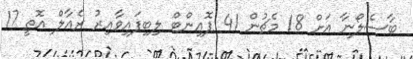
ބާސެލޯނާ އަށް 18 މެޗުން 41 ޕޮއިންޓް ލިބިފައިވާއިރު ރެއާލް އޮތީ 17